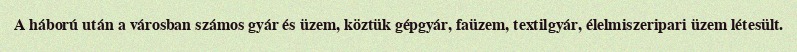
A háború után a városban számos gyár és üzem, köztük gépgyár, faüzem, textilgyár, élelmiszeripari üzem létesült.